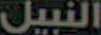
النبيل